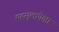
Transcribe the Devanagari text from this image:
महसूलापेक्षा